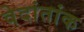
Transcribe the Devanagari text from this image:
वेदांतांक